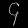
Digit: ၄